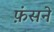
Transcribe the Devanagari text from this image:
फ़ंसने